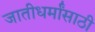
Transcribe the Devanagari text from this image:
जातीधर्मांसाठी